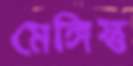
মেঙ্গিস্তু